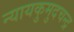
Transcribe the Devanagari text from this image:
न्यायकुमुदचन्द्र